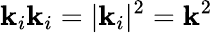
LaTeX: \mathbf{k}_{i}\mathbf{k}_{i}=|\mathbf{k}_{i}|^{2}=\mathbf{k}^{2}